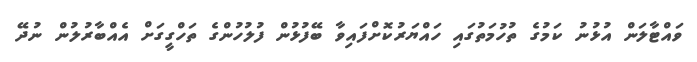
ވައްޓާލަން އުޅުނު ކަމުގެ ތުހުމަތުގައި ހައްޔަރުކޮށްފައިވާ ބޭފުޅުން ފުލުހުންގެ ތަހްގީގަށް އެއްބާރުލުން ނުދޭ